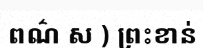
ពណ៌ ស ) ព្រះខាន់